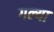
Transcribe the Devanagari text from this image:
गल्या